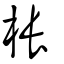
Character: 棖